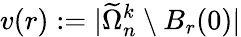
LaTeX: v(r):=|\widetilde\Omega_{n}^{k}\setminus B_{r}(0)|